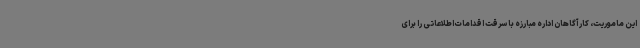
این ماموریت، کارآگاهان اداره مبارزه با سرقت اقدامات اطلاعاتی را برای